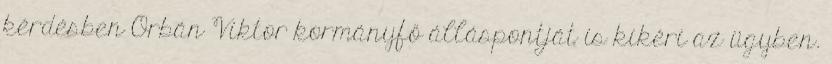
kérdésben Orbán Viktor kormányfő álláspontját is kikéri az ügyben.